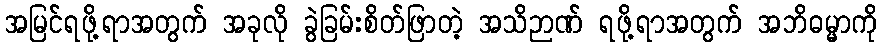
အမြင်ရဖို့ရာအတွက် အခုလို ခွဲခြမ်းစိတ်ဖြာတဲ့ အသိဉာဏ် ရဖို့ရာအတွက် အဘိဓမ္မာကို